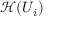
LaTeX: { \mathcal { H } } ( U _ { i } )